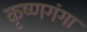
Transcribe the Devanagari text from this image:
कृष्णगंगा